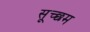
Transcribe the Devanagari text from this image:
सूच्‍छम